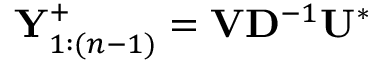
\mathbf { Y } _ { 1 : ( n - 1 ) } ^ { + } = \mathbf { V } \mathbf { D } ^ { - 1 } \mathbf { U } ^ { * }